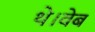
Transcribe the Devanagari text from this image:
थे।वेब